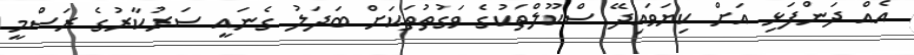
އެއް ދަންފަޅި އަށް ކިޔަވައިދޭ ސްކޫލްތަކުގެ ވަގުތުތަކަށް ބަދަލު ގެނައީ ސަރުކާރުގެ ރަސްމީ